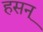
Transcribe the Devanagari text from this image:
हसन्